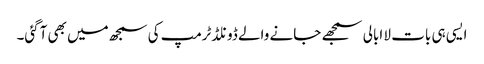
ایسی ہی بات لا ابالی سمجھے جانے والے ڈونلڈٹرمپ کی سمجھ میں بھی آگئی۔